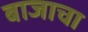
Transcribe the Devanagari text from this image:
बाजाचा